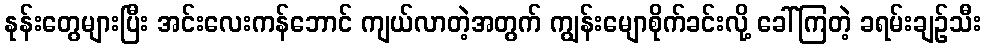
နုန်းတွေများပြီး အင်းလေးကန်ဘောင် ကျယ်လာတဲ့အတွက် ကျွန်းမျောစိုက်ခင်းလို့ ခေါ်ကြတဲ့ ခရမ်းချဉ်သီး